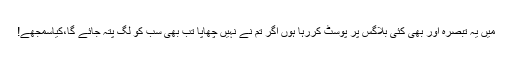
میں یہ تبصرہ اور بھی کئی بلاگس پر پوسٹ کررہا ہوں اگر تم نے نہیں چھاپا تب بھی سب کو لگ پتہ جائے گا،کیاسمجھے!